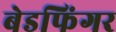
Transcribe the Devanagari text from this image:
बेडफिंगर